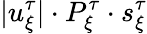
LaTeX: |u_{\xi}^{\tau}|\cdot P_{\xi}^{\tau}\cdot s_{\xi}^{\tau}